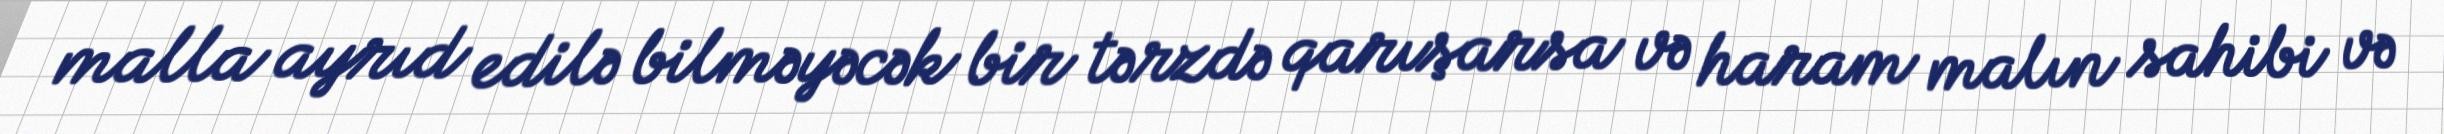
malla ayrıd edilə bilməyəcək bir tərzdə qarışarsa və haram malın sahibi və